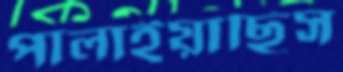
পালাইয়াছিস